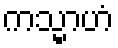
ကသ္မာဟံ